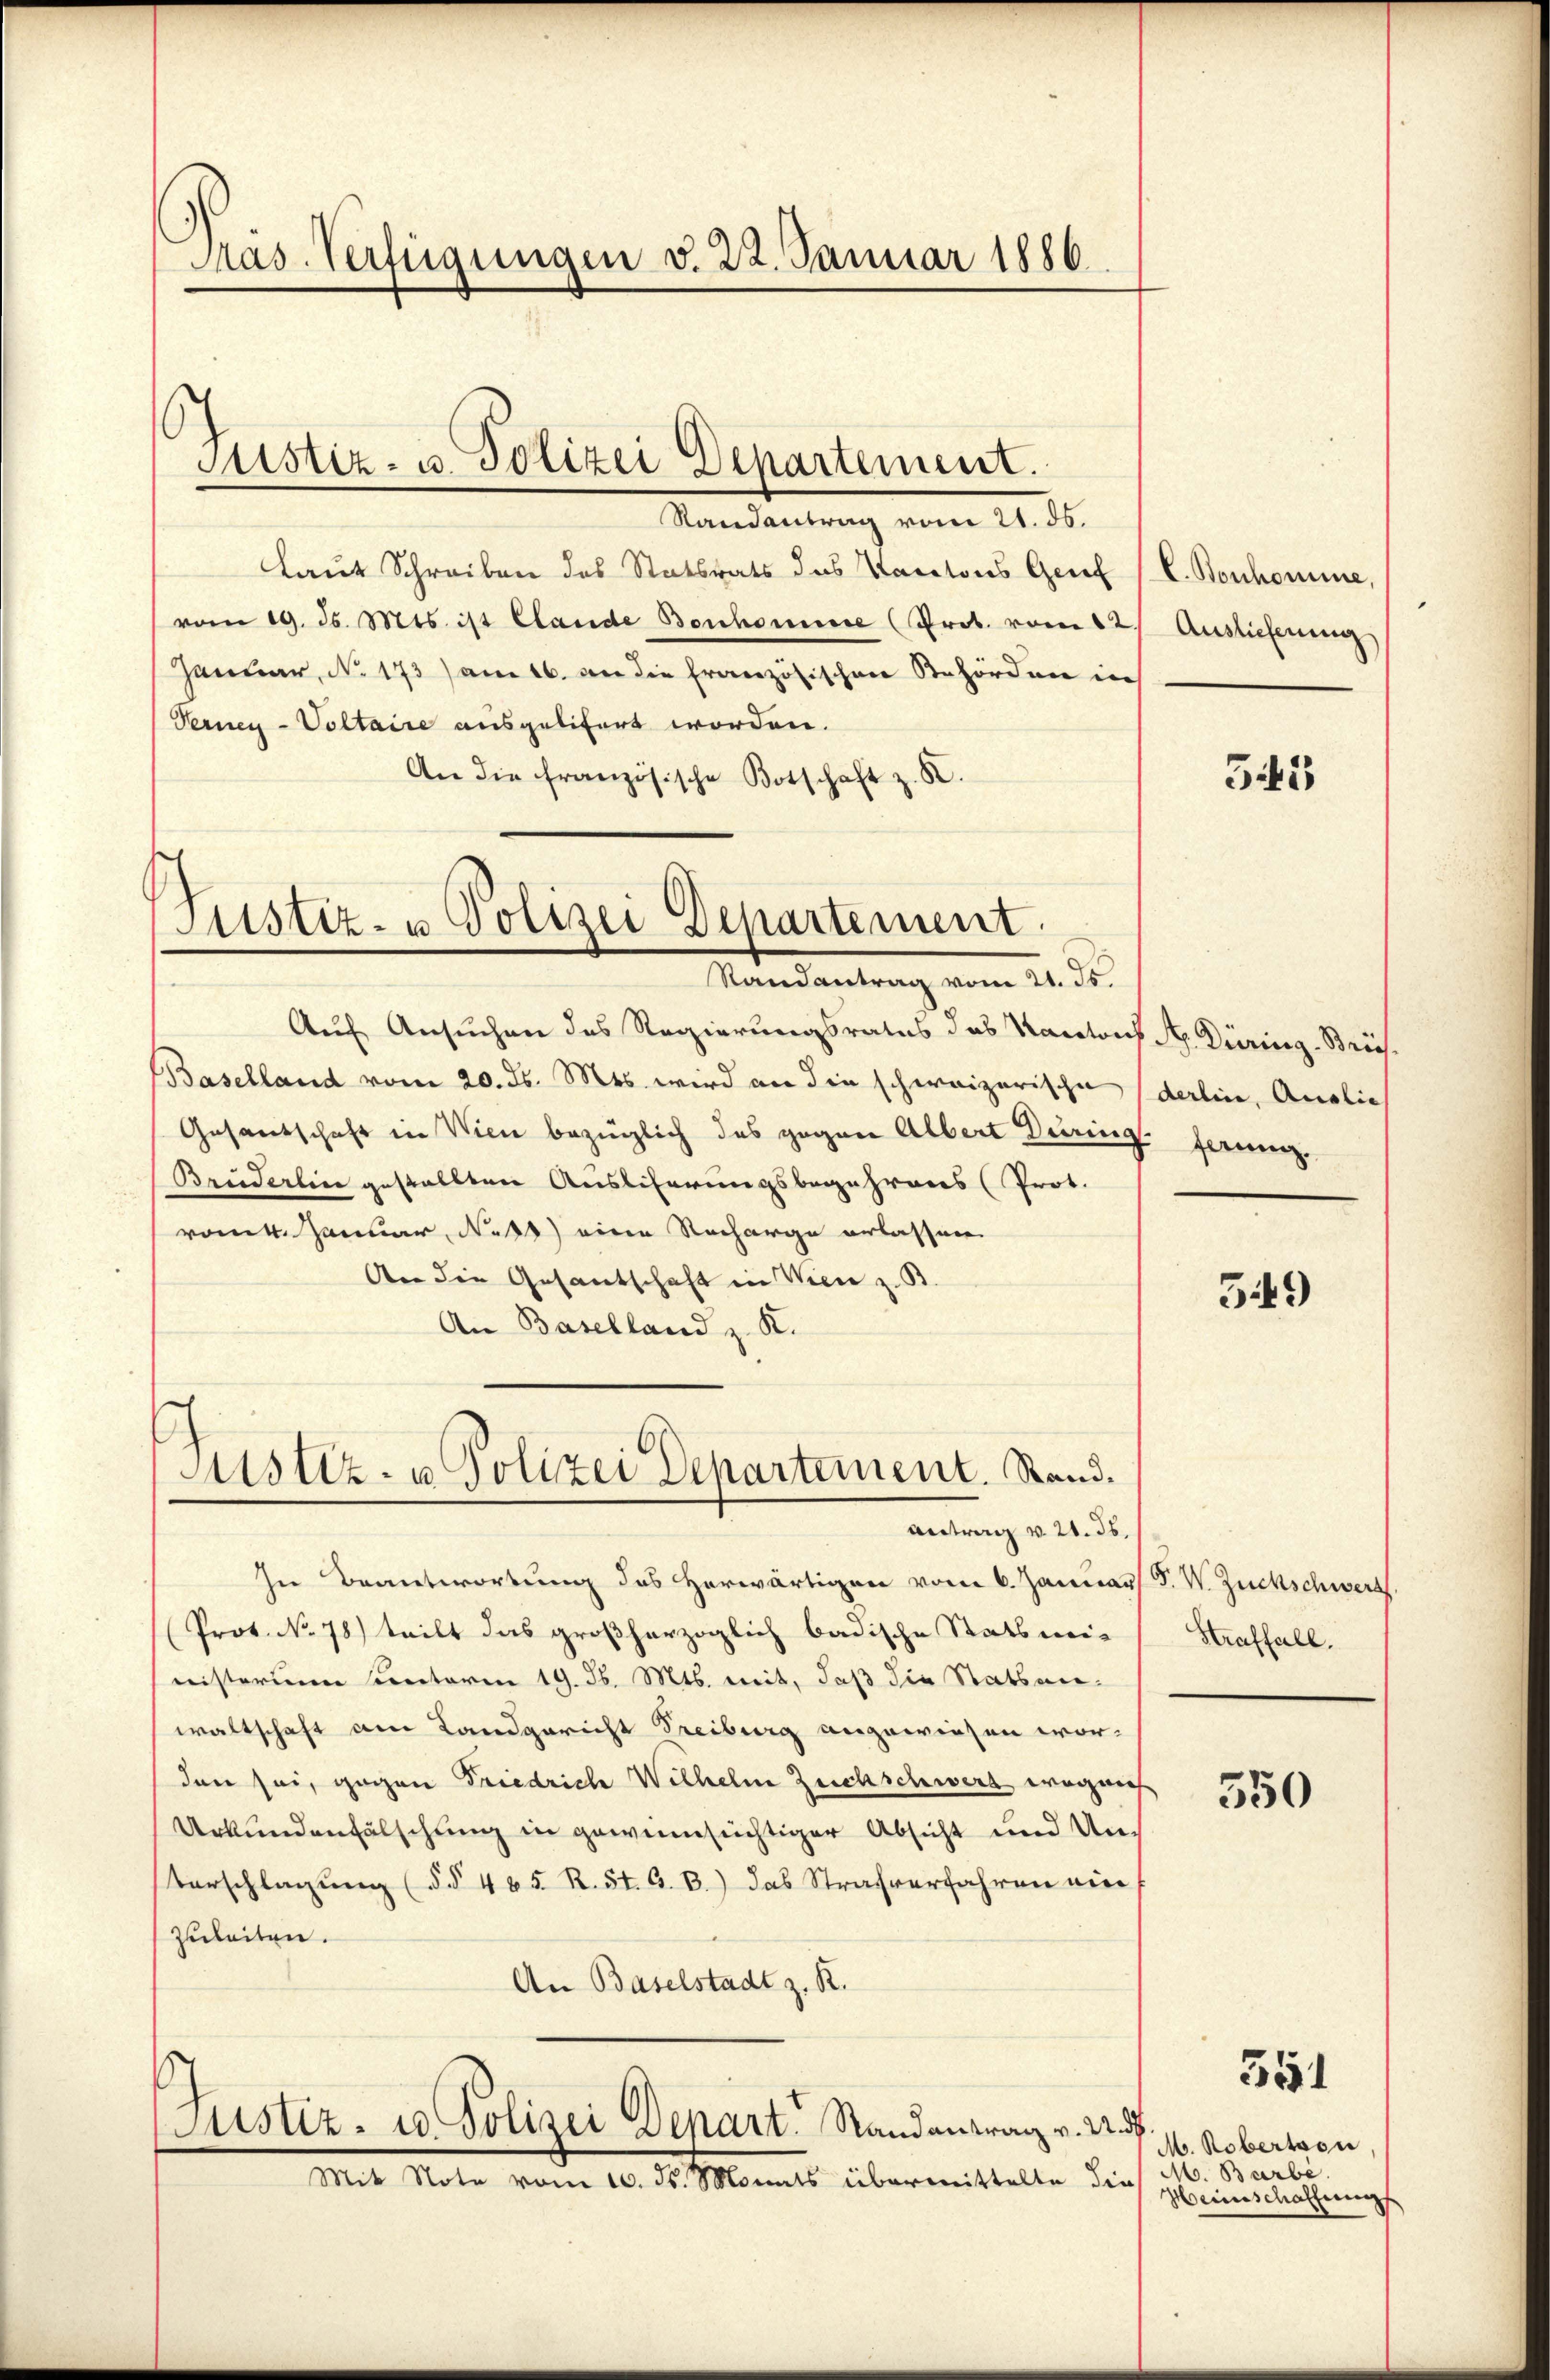
Pras. Verfügungen v. 22. Januar 1886.

Justiz- u. Polizei Departement.

Randantrag vom 21. ds.
Laut Schreiben des Statsrats des Kantons Gerec
vom 19. ds. Mts. ist Clande Bonhomme (Prot. vom 12
Januar, No. 173) am 16. an die französischen Behörden in
Verney-Voltaire ausgelitert worden.
An die französische Botschaft z. B.

Justiz- u Polizei Departement.
Randantrag vom 21. Js.

Astiz- u Polizei Departement. Stand.
Antrag v. 21. ds.

Auf Ansuchen des Regierungsrates das Kanto
Baselland vom 20. ds. Mts. wird an die schweizerische
Gesandschaft in Wien bezüglich das gegen Albert Durie
Breiderlin gestellten Auslieferungsbegehrens (Prot.
vom 4. Januar, Nos) eine Nacharge erlassen
An die Gesantschaft in Wien z. B.
An Baselland z. K.

Justiz- u. Polizei Depart. Randantrag v. U. d
Mit Note vom 10. ds. Monats übermittelte die

In Beantwortung des Herwärtigen vom 6. Januar F. W. Zuckschwerz.
Prot. No 78) teilt das großherzoglich badische Statsmis
nisterum Contoren 19. d. Mts. mit, daß die Statsanwaltschaft am Landgericht Freiburg angewiesen wor-
den sei, gegen Friedrich Wilhelm Zeichschwert wegnies
Urkundenfälschung in gewinnsüchtiger Absicht und Un¬
Verschlagung (§§ 465 R. St. G. B.) das Strafverfahren vier
zuleiten.
An Baselstadt z. R.

L. Bonhomine,
Auslieferung

543

ich Sr. Düring. Brie
derlin, Auslie
ferung.

549

Straffall.

550

341

M. Roberton
M. Barbe.
Heinschaffungs